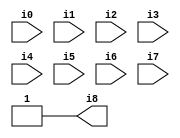
// Benchmark "SKOLEMFORMULA" written by ABC on Mon May  4 15:53:59 2020

module SKOLEMFORMULA ( 
    i0, i1, i2, i3, i4, i5, i6, i7,
    i8  );
  input  i0, i1, i2, i3, i4, i5, i6, i7;
  output i8;
  assign i8 = 1'b1;
endmodule